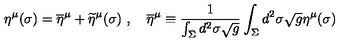
\eta ^ { \mu } ( \sigma ) = \overline { \eta } ^ { \mu } + \widetilde \eta ^ { \mu } ( \sigma ) \ , \quad \overline { \eta } ^ { \mu } \equiv { \frac { 1 } { \int _ { \Sigma } d ^ { 2 } \sigma \sqrt g } } \int _ { \Sigma } d ^ { 2 } \sigma \sqrt g \eta ^ { \mu } ( \sigma )